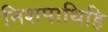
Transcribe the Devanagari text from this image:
निशपाथिहि